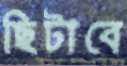
ছিটাবে